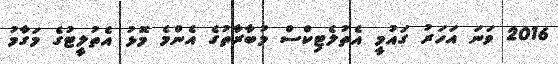
2016 ވަނަ އަހަރު ގައުމީ އެތުލެޓިކްސް މުބާރާތުގެ އެންމެ މޮޅު އެތުލީޓުގެ މަގާމު